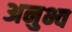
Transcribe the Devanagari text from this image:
अनुभ्व